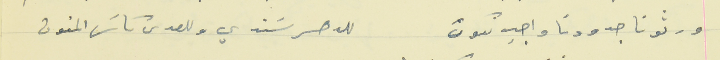
ورثونا جدودنا واجب نكون                                       للدهر سَندي وللعدى كاسَ المنون